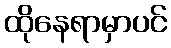
ထိုနေရာမှာပင်